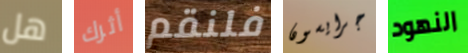
هل أثرك فلنقم جرايسون النهود